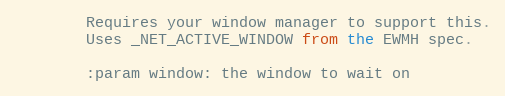
Language: Python
        Requires your window manager to support this.
        Uses _NET_ACTIVE_WINDOW from the EWMH spec.

        :param window: the window to wait on